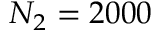
N _ { 2 } = 2 0 0 0